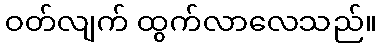
ဝတ်လျက် ထွက်လာလေသည်။